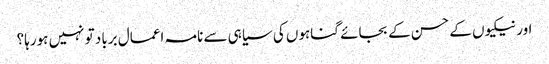
اور نیکیوں کے حسن کے بجائے گناہوں کی سیاہی سے نامہ اعمال برباد تو نہیں ہورہا؟